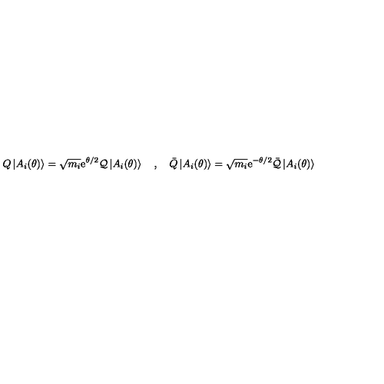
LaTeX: Q \left| A _ { i } ( \theta ) \right\rangle = \sqrt { m _ { i } } \mathrm { e } ^ { \theta / 2 } \mathcal { Q } \left| A _ { i } ( \theta ) \right\rangle \quad , \quad \bar { Q } \left| A _ { i } ( \theta ) \right\rangle = \sqrt { m _ { i } } \mathrm { e } ^ { - \theta / 2 } \bar { \mathcal { Q } } \left| A _ { i } ( \theta ) \right\rangle